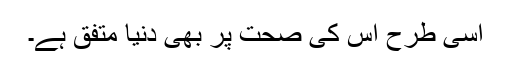
اسی طرح اس کی صحت پر بھی دنیا متفق ہے۔